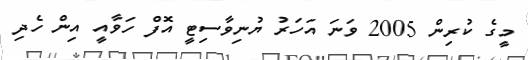
މީގެ ކުރިން 2005 ވަނަ އަހަރު ޔުނިވާސިޓީ އޮފް ހަވާއީ އިން ހެދި